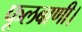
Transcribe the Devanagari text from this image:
फूलबाणी।